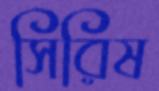
সিরিষ